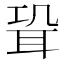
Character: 𦕓